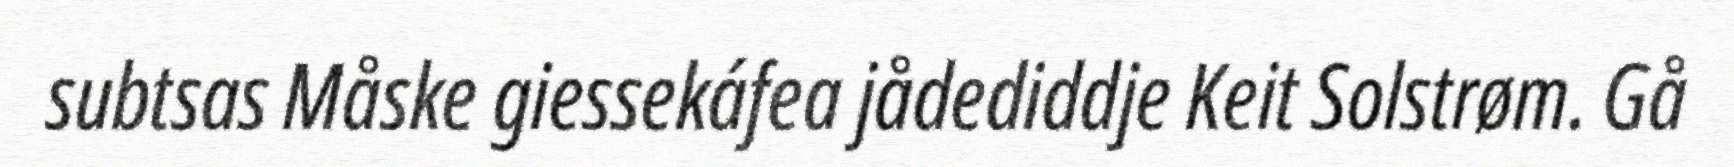
subtsas Måske giessekáfea jådediddje Keit Solstrøm. Gå